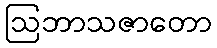
ဩဘာသဇာတော